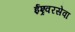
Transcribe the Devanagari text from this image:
ईश्र्वरसेवा